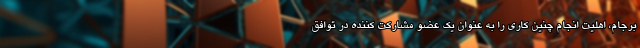
برجام، اهلیت انجام چنین کاری را به عنوان یک عضو مشارکت کننده در توافق